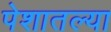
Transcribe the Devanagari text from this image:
पेशातल्या